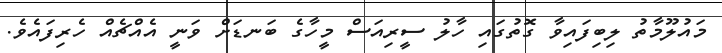
މައުލޫމާތު ލިބިފައިވާ ގޮތުގައި ހާލު ސީރިއަސް މީހާގެ ބަނޑަށް ވަނީ އެއްޗެއް ހެރިފައެވެ.